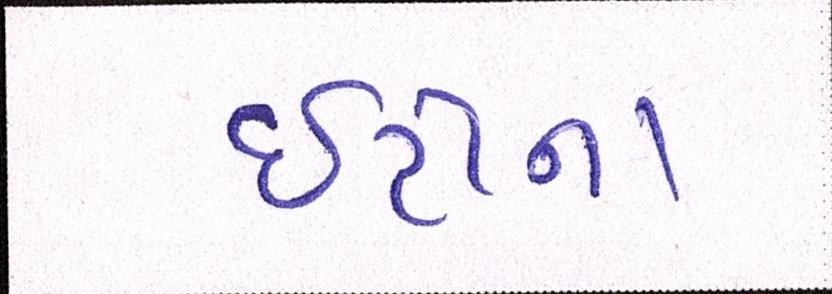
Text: ઇટીના